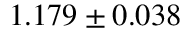
1 . 1 7 9 \pm 0 . 0 3 8